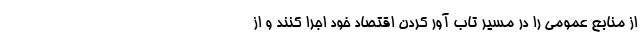
از منابع عمومی را در مسیر تاب آور کردن اقتصاد خود اجرا کنند و از